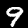
Digit: 9